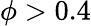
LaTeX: \phi>0.4